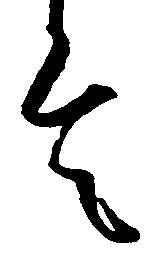
言